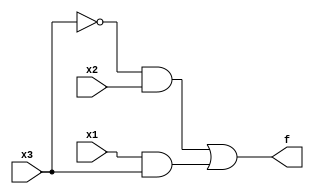
module top_module( 
    input x3,
    input x2,
    input x1,  // three inputs
    output f   // one output
);
    //simplify the circuit by using k maps
    assign f = (~x3&x2) | (x1&x3);
endmodule